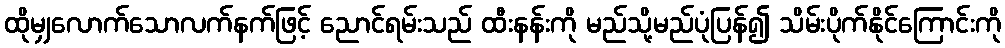
ထိုမျှလောက်သောလက်နက်ဖြင့် ညောင်ရမ်းသည် ထီးနန်းကို မည်သို့မည်ပုံပြန်၍ သိမ်းပိုက်နိုင်ကြောင်းကို